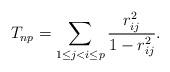
LaTeX: \begin{align*}T_{np}=\sum_{1\le j<i\le p}\frac{r_{ij}^2}{1-r_{ij}^2}.\end{align*}